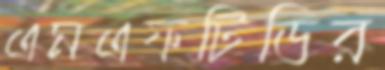
এমএফটিডির